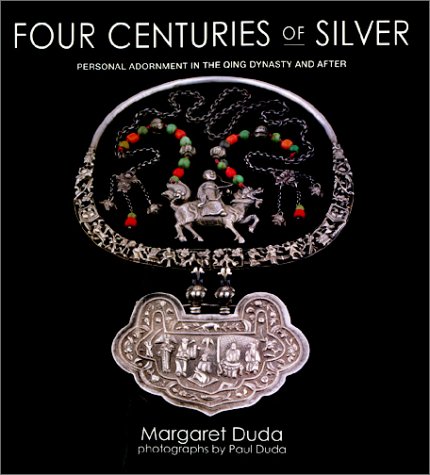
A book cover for Four Centuries of Silver; Margaret Duda; Crafts, Hobbies & Home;